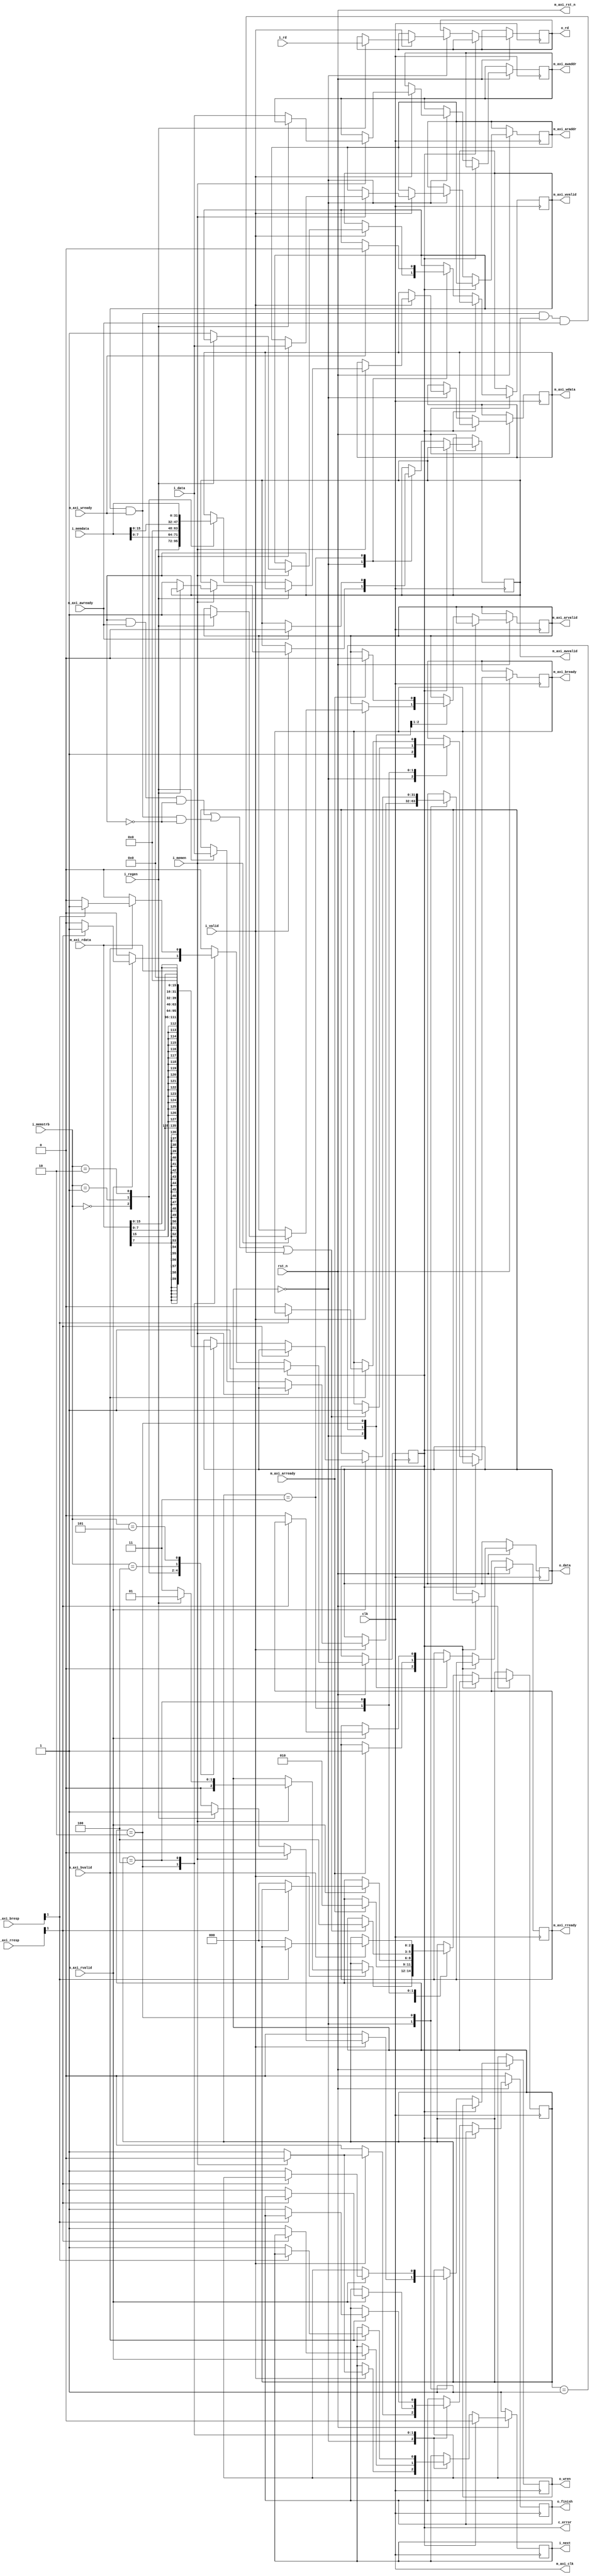
`timescale 1ns/1ps

module wrb(
    input clk,
    input rst_n,

    input i_regen,
    input i_memen,
    input [2:0] i_memstrb,
    input [31:0] i_data,
    input [4:0] i_rd,
    input [31:0] i_memdata,
    input i_valid,
    output reg i_next,
    
    output reg c_error,

    output m_axi_clk,
    output m_axi_rst_n,
    output reg m_axi_awvalid,
    input m_axi_awready,
    output reg [31:0] m_axi_awaddr,
    output reg m_axi_wvalid,
    input m_axi_wready,
    output reg [31:0] m_axi_wdata,
    input m_axi_bvalid,
    output reg m_axi_bready,
    input [1:0] m_axi_bresp,
    output reg m_axi_arvalid,
    input m_axi_arready,
    output reg [31:0] m_axi_araddr,
    input m_axi_rvalid,
    output reg m_axi_rready,
    input [31:0] m_axi_rdata,
    input [1:0] m_axi_rresp,


    output reg o_wren,
    output reg [4:0] o_rd,
    output reg [31:0] o_data,
    output reg o_finish
);

    reg [2:0] axi_stage = 0;
    reg [4:0] axi_rd_cache;

    assign m_axi_clk = clk;
    assign m_axi_rst_n = rst_n;

    initial begin
        m_axi_awvalid <= 0;
        m_axi_awaddr <= 0;
        m_axi_wvalid <= 0;
        m_axi_wdata <= 0;
        m_axi_bready <= 0;
        m_axi_arvalid <= 0;
        m_axi_araddr <= 0;
        m_axi_rready <= 0;
    end
                      

    always @(posedge clk) begin
        if(!rst_n) begin
            i_next <= 1;
            o_finish <= 0;
        end
        else if(c_error) begin
            i_next <= 0;
        end
        else begin
            case(axi_stage)
                0: begin
                    m_axi_rready <= 0;
                    m_axi_bready <= 1;
                    if(i_valid) begin
                        if(i_memen) begin
                            i_next <= 0;
                            o_finish <= 0;
                            o_wren <= 0;
                            if(i_regen) begin
                                m_axi_araddr <= i_data;
                                m_axi_arvalid <= 1;
                                axi_stage <= 1;
                                o_rd <= i_rd;
                            end
                            else begin
                                m_axi_awaddr <= i_data;
                                m_axi_awvalid <= 1;
                                m_axi_wvalid <= 1;
                                axi_stage <= 3;
                                (*full_case*)
                                case(i_memstrb)
                                    0: m_axi_wdata <= i_memdata[7:0];
                                    1: m_axi_wdata <= i_memdata[15:0];
                                    2: m_axi_wdata <= i_memdata;
                                endcase
                            end
                        end
                        else if(i_regen) begin
                            i_next <= 1;
                            o_wren <= 1;
                            o_rd <= i_rd;
                            o_data <= i_data;
                            o_finish <= 1;
                        end
                        else begin
                            i_next <= 1;
                            o_wren <= 0;
                            o_finish <= 1;
                        end
                    end
                    else begin
                        o_wren <= 0;
                        o_finish <= 0;
                    end
                end
                1: begin
                    if(m_axi_arready) begin
                        m_axi_arvalid <= 0;
                        m_axi_rready <= 1;
                        axi_stage <= 2;
                    end
                end
                2: begin
                    if(m_axi_rvalid) begin
                        if(m_axi_rresp[1]) begin
                            c_error <= 1;
                        end
                        else begin
                            o_wren <= 1;
                            i_next <= 1;
                            axi_stage <= 0;
                            o_finish <= 1;
                            m_axi_rready <= 0;
                            (* full_case *)
                            case(i_memstrb)
                            0: o_data <= $signed(m_axi_rdata[7:0]);
                            1: o_data <= $signed(m_axi_rdata[15:0]);
                            2: o_data <= m_axi_rdata;
                            4: o_data <= m_axi_rdata[7:0];
                            5: o_data <= m_axi_rdata[15:0];
                            endcase
                        end
                    end
                end
                3: begin
                    if(m_axi_awready) m_axi_awvalid <= 0;
                    if(m_axi_wready) m_axi_wvalid <= 0;
                    if((m_axi_awvalid & m_axi_awready & !m_axi_awvalid) | (m_axi_wvalid & m_axi_wready & !m_axi_awvalid) | (m_axi_wvalid & m_axi_wready & m_axi_awvalid & m_axi_awready)) begin
                        axi_stage <= 4;
                        m_axi_bready <= 1;
                    end
                end
                4: begin
                    if(m_axi_bvalid) begin
                        if(!m_axi_bresp[1]) begin
                            axi_stage <= 0;
                            i_next <= 1;
                            o_finish <= 1;
                            m_axi_bready <= 0;
                        end
                        else begin
                            c_error <= 1;
                        end
                    end
                end
            endcase
        end
    end

    

endmodule